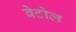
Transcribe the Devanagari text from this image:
बेटोल